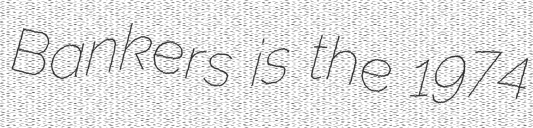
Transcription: Bankers is the 1974